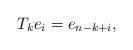
LaTeX: \begin{align*}T_k e_i=e_{n-k+i},\end{align*}